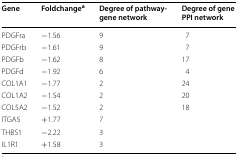
<table><thead><tr><td><b>Gene</b></td><td><b>Foldchange<sup>a</sup></b></td><td><b>Degree of pathway-gene network</b></td><td><b>Degree of gene PPI network</b></td></tr></thead><tbody><tr><td>PDGFra</td><td>−1.56</td><td>9</td><td>7</td></tr><tr><td>PDGFrb</td><td>−1.61</td><td>9</td><td>7</td></tr><tr><td>PDGFb</td><td>−1.62</td><td>8</td><td>17</td></tr><tr><td>PDGFd</td><td>−1.92</td><td>6</td><td>4</td></tr><tr><td>COL1A1</td><td>−1.77</td><td>2</td><td>24</td></tr><tr><td>COL1A2</td><td>−1.54</td><td>2</td><td>20</td></tr><tr><td>COL5A2</td><td>−1.52</td><td>2</td><td>18</td></tr><tr><td>ITGA5</td><td>+1.77</td><td>7</td><td></td></tr><tr><td>THBS1</td><td>−2.22</td><td>3</td><td></td></tr><tr><td>IL1R1</td><td>+1.58</td><td>3</td><td></td></tr></tbody></table>